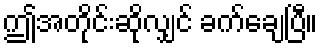
ဤအတိုင်းဆိုလျှင် ခက်ချေပြီ။